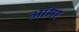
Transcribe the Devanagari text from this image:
ऑमर